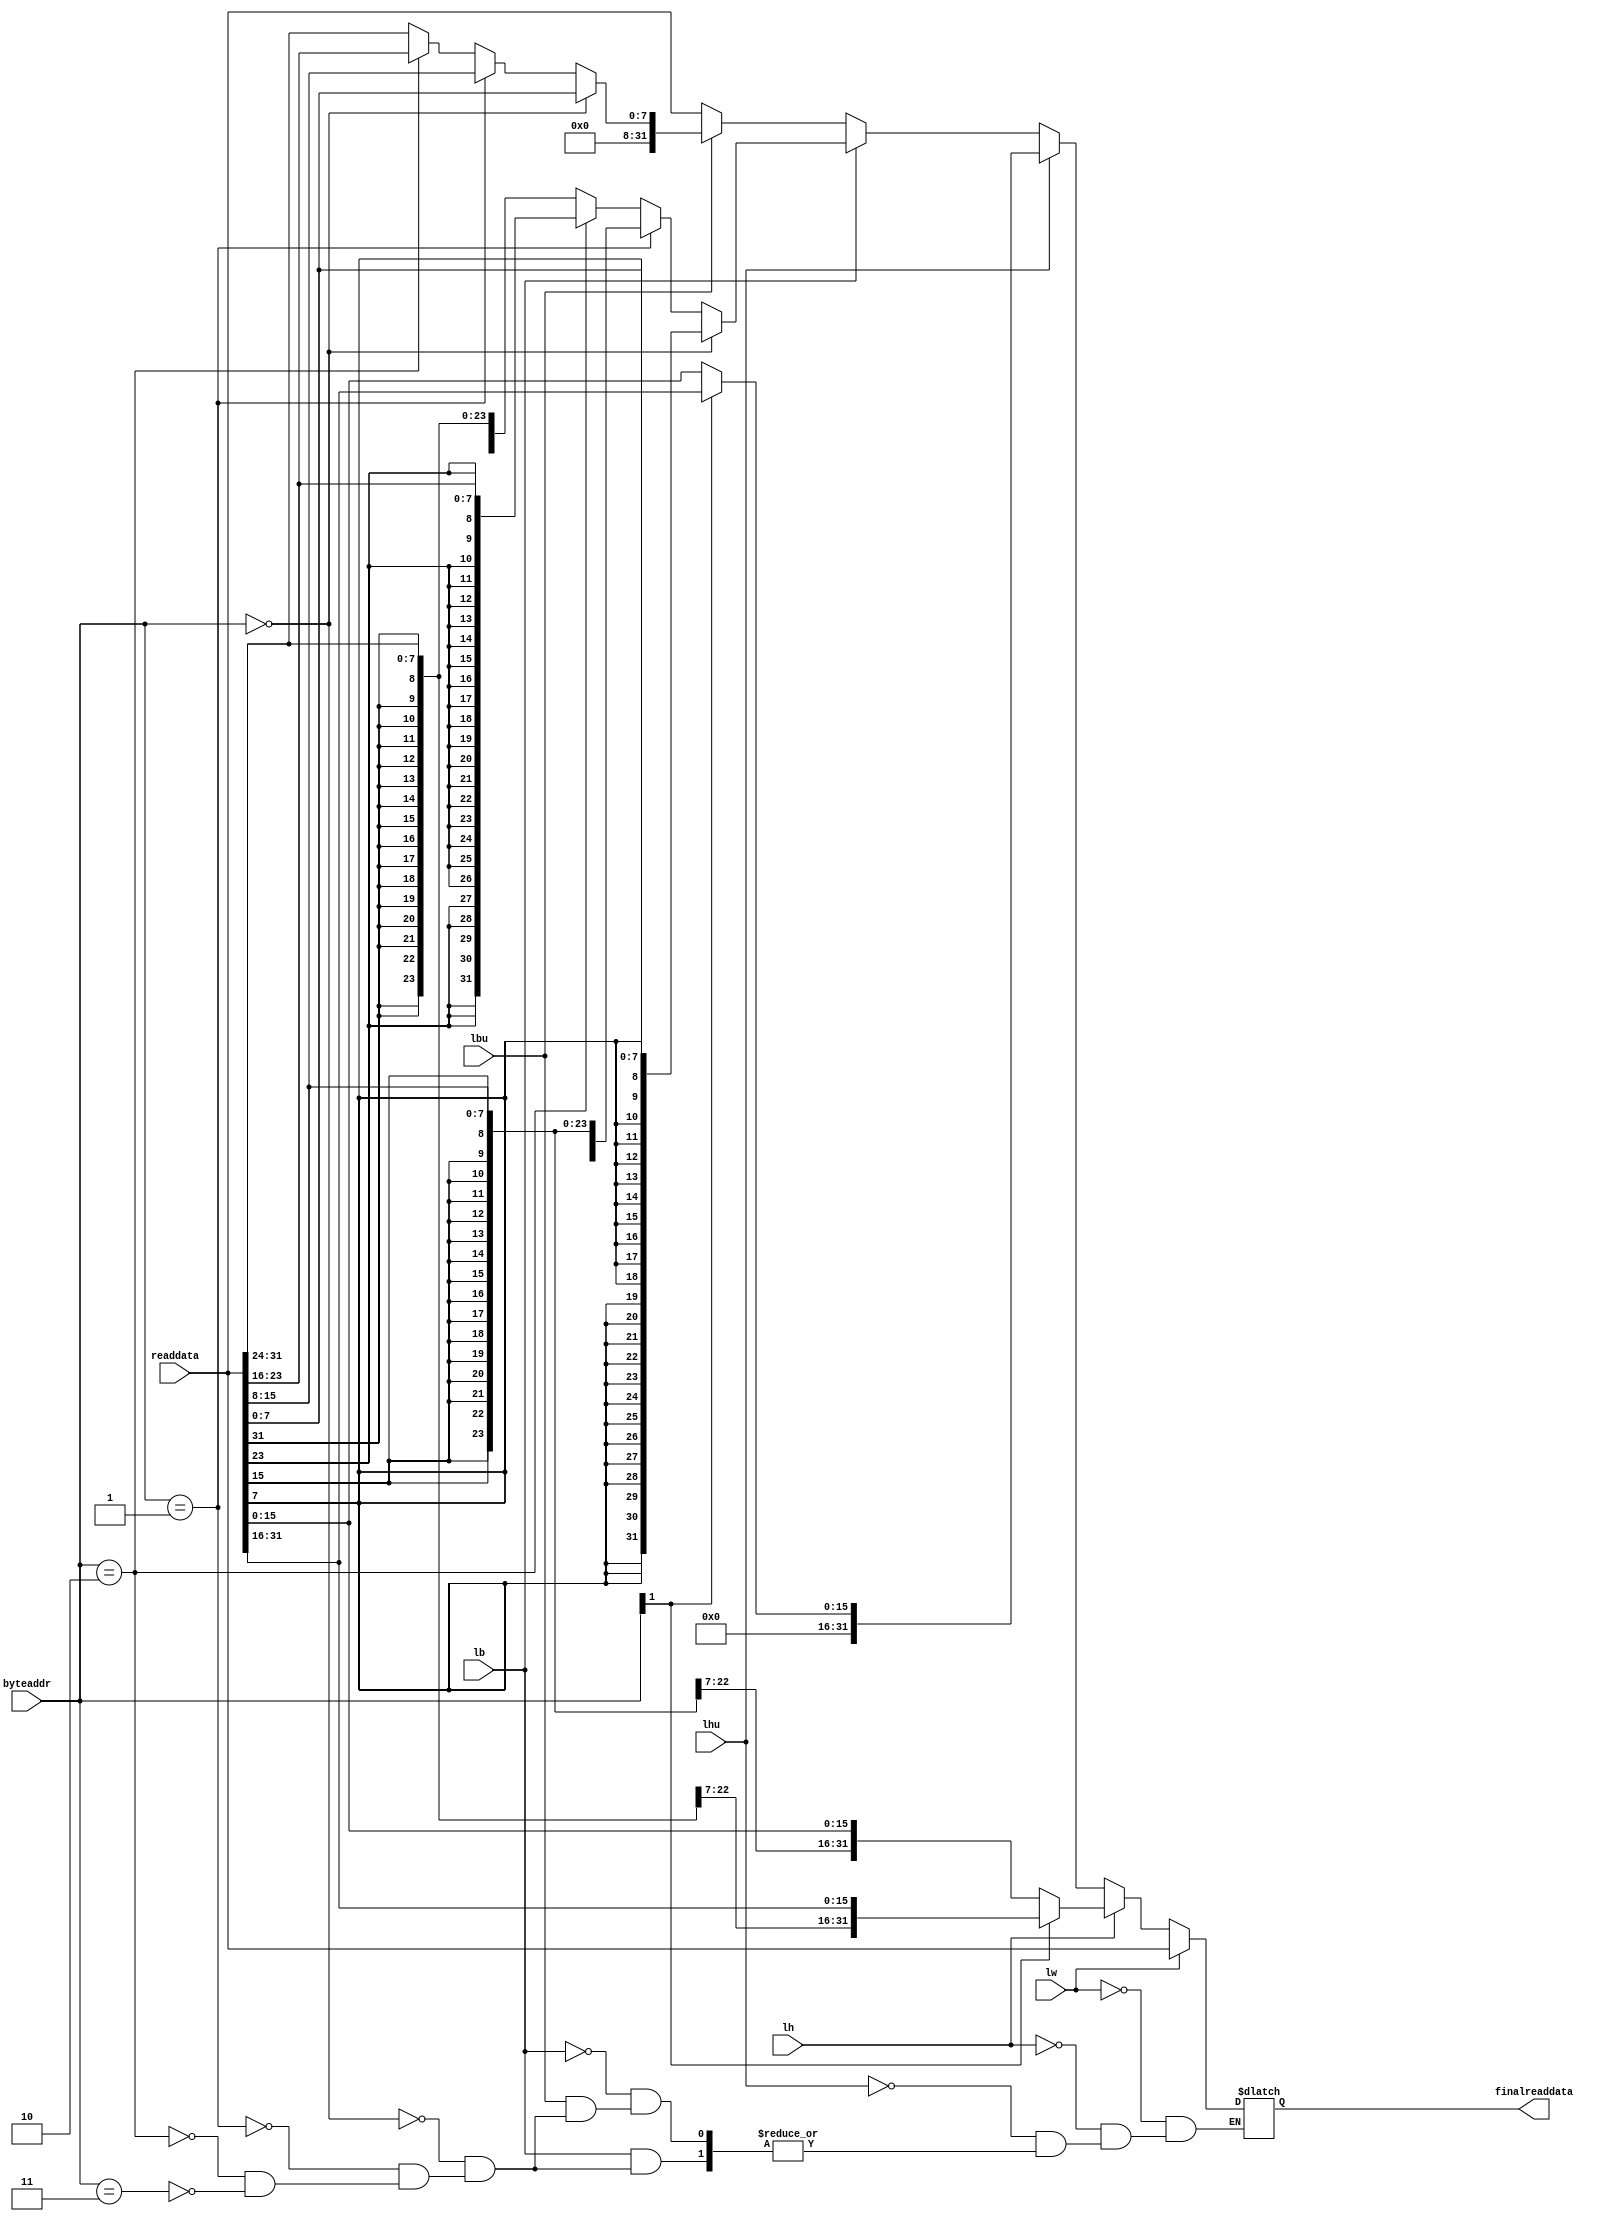
`timescale 1ns / 1ps
//////////////////////////////////////////////////////////////////////////////////
// Company: 
// Engineer: 
// 
// Design Name: 
// Module Name:    wbloadext 
// Project Name: 
// Target Devices: 
// Tool versions: 
// Description: 
//
// Dependencies: 
//
// Revision: 
// Revision 0.01 - File Created
// Additional Comments: 
//
//////////////////////////////////////////////////////////////////////////////////
module wbloadext(
    input lw,lb,lbu,lh,lhu,
	 input [1:0] byteaddr,
	 input [31:0] readdata,
	 output reg [31:0] finalreaddata
    );
	 
	 always @ ( * ) begin
	     if(lw == 1)
		      finalreaddata <= readdata;
		  else if(lh == 1) begin
		           if(byteaddr[1] == 1)
		              finalreaddata <= {{16{readdata[31]}},readdata[31:16]};
                 else	
                    finalreaddata <= {{16{readdata[15]}},readdata[15:0]};
			    end
        else if(lhu == 1) begin
		          if(byteaddr[1] == 1)
		              finalreaddata <= {16'b0,readdata[31:16]};
                else	
                    finalreaddata <= {16'b0,readdata[15:0]};
                end						  
        else if(lb == 1) begin
		          if(byteaddr == 2'b00)
		              finalreaddata <= {{24{readdata[7]}},readdata[7:0]};
                else if(byteaddr == 2'b01)
                    	finalreaddata <= {{24{readdata[15]}},readdata[15:8]};
                else if(byteaddr == 2'b10)
                    finalreaddata <= {{24{readdata[23]}},readdata[23:16]};
                else if(byteaddr == 2'b11)
                    finalreaddata <= {{24{readdata[31]}},readdata[31:24]};
		       end
        else if(lbu == 1) begin
		           if(byteaddr == 2'b00)
		              finalreaddata <= {24'b0,readdata[7:0]};
                else if(byteaddr == 2'b01)
                     finalreaddata <= {24'b0,readdata[15:8]};	
                else if(byteaddr == 2'b10)
                     finalreaddata <= {24'b0,readdata[23:16]};
                else if(byteaddr == 2'b11)
                    	finalreaddata <= {24'b0,readdata[31:24]};
			     end
        else
            finalreaddata <= readdata;		  
	 end


endmodule